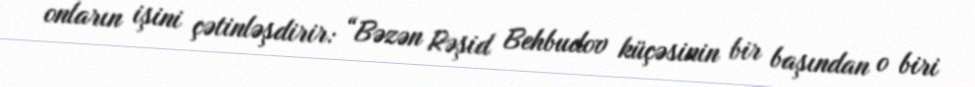
onların işini çətinləşdirir: “Bəzən Rəşid Behbudov küçəsinin bir başından o biri